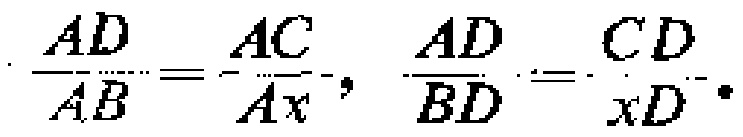
\(\frac{AD}{AB}=\frac{AC}{Ax},\frac{AD}{BD}=\frac{CD}{xD}\)